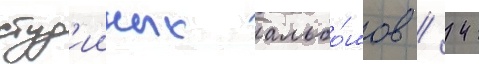
студ'ииных альбо́мов / 42